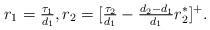
LaTeX: \begin{align*} r_1=\tfrac{\tau_1}{d_1},r_2=[\tfrac{\tau_2}{d_1}-\tfrac{d_2-d_1}{d_1}r_2^*]^+.\end{align*}